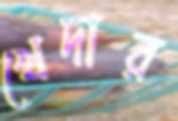
খেদার